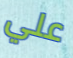
علي